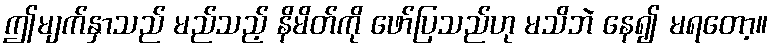
ဤမျက်နှာသည် မည်သည့် နိမိတ်ကို ဖော်ပြသည်ဟု မသိဘဲ နေ၍ မရတော့။